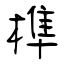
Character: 榫